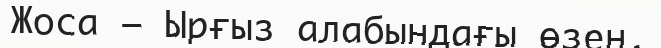
Жоса – Ырғыз алабындағы өзен.